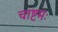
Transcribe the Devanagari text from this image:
चाष्टमः